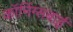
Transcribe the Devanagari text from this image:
कॉनिंग्सबाई